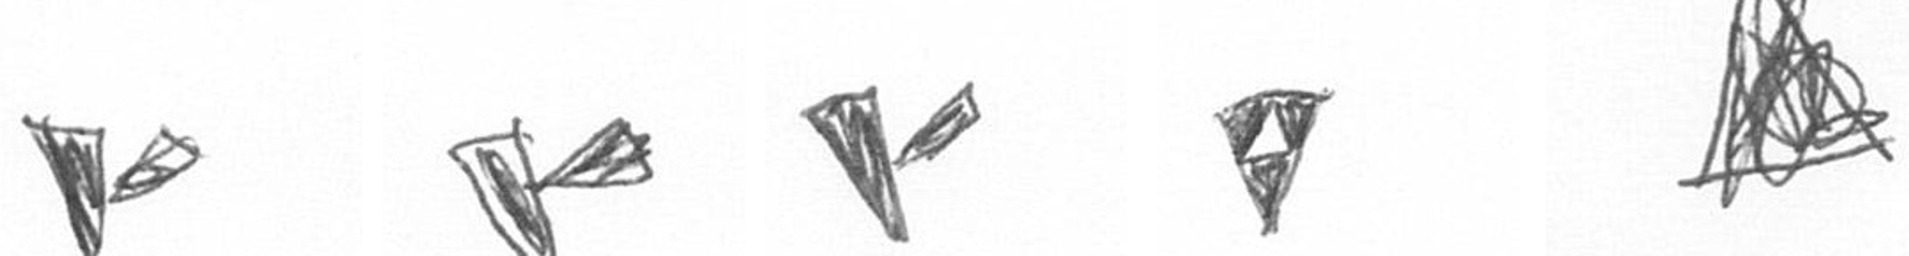
F F F S O